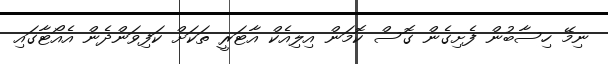
ނިމޭ ހިސާބުން ފެށިގެން ގޮސް ކޮމަން އިލިއެކް އާޓަރީ ތަކަށް ކަފިވަންދެން އެއޯޓާގައި